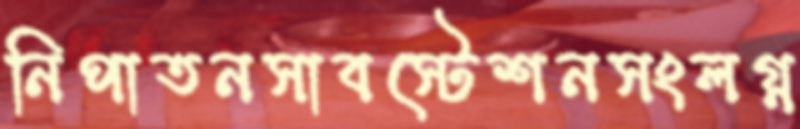
নিপাতনসাবস্টেশনসংলগ্ন